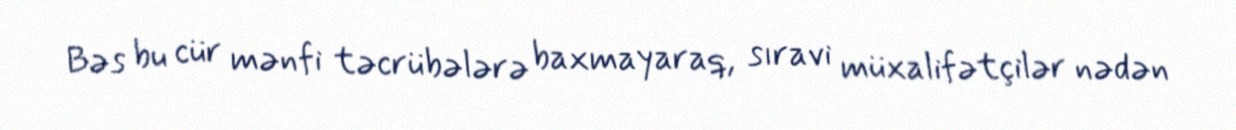
Bəs bu cür mənfi təcrübələrə baxmayaraq, sıravi müxalifətçilər nədən